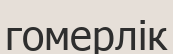
гомерлік